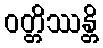
ဝတ္တိဿန္တိ